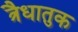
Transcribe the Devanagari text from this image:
त्रैधातुक